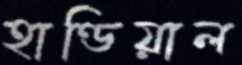
হাণ্ডিয়াল